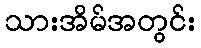
သားအိမ်အတွင်း